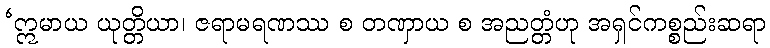
‘ဣမာယ ယုတ္တိယာ၊ ဇရာမရဏဿ စ တဏှာယ စ အညတ္တံဟု အရှင်ကစ္စည်းဆရာ